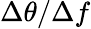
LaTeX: \Delta\theta/\Delta f